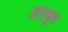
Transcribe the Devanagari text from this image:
ताज़्जुब